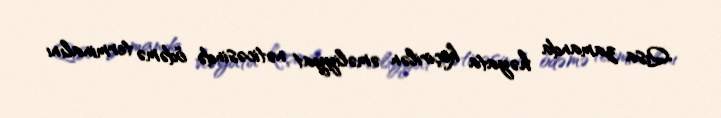
Qısa zamanda həyata keçirilən əməliyyat nəticəsində ödəmə terminalını